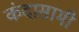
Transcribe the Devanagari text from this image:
कंदासामी